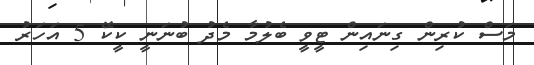
މަސް ކުރިން ގިނައިން ޓީވީ ބެލުމާ މެދު ބުނަނީ ކީކޭ 5 އަހަރު